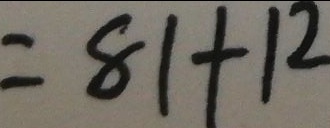
= 8 1 + 1 2